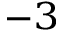
^ { - 3 }